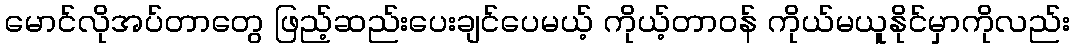
မောင်လိုအပ်တာတွေ ဖြည့်ဆည်းပေးချင်ပေမယ့် ကိုယ့်တာဝန် ကိုယ်မယူနိုင်မှာကိုလည်း